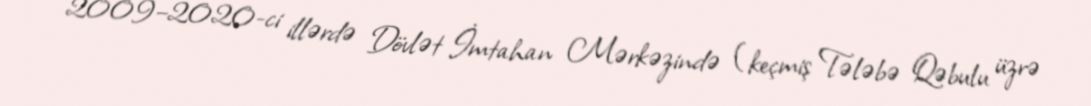
2009–2020-ci illərdə Dövlət İmtahan Mərkəzində (keçmiş Tələbə Qəbulu üzrə